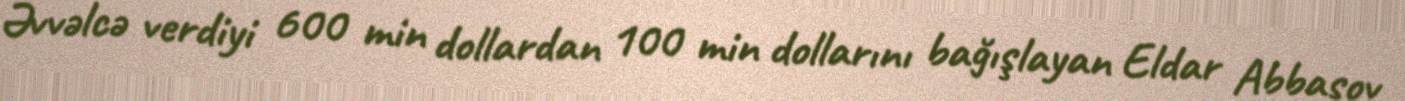
Əvvəlcə verdiyi 600 min dollardan 100 min dollarını bağışlayan Eldar Abbasov